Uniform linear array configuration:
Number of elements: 64
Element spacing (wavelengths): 0.75
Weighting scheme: kaiser
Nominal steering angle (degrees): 0
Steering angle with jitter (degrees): -1.223
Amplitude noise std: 0.05
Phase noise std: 0.05

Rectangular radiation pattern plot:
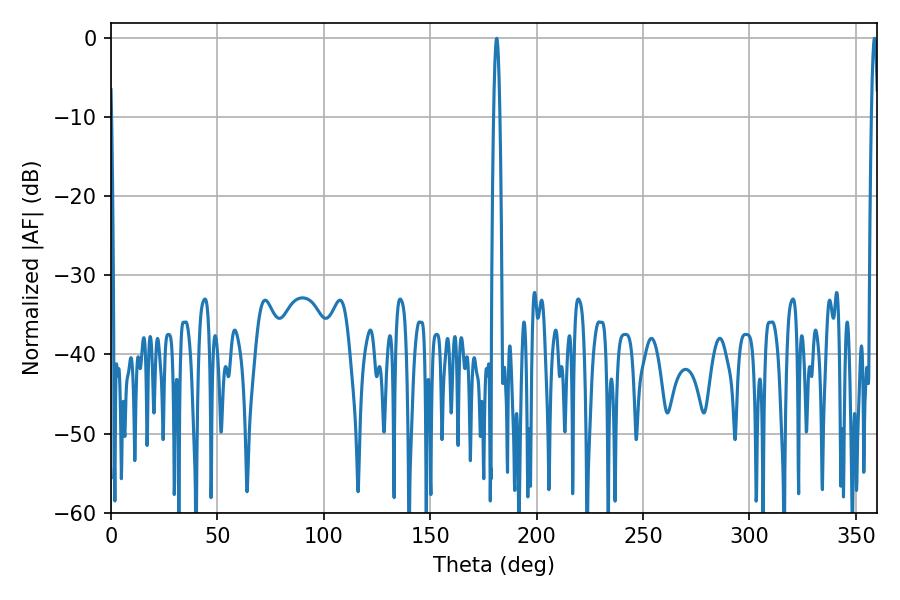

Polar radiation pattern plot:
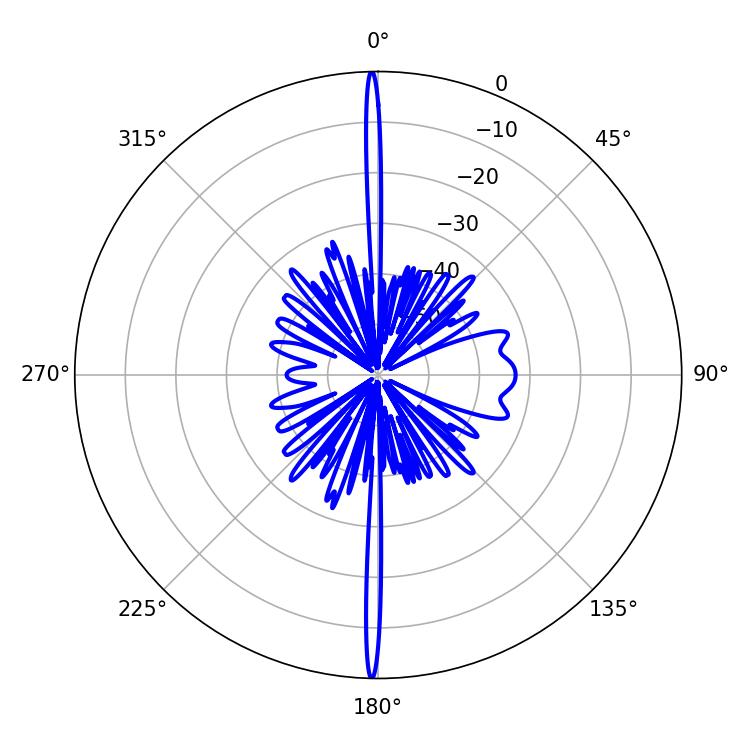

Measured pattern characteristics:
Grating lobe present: TRUE
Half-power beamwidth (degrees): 1.44
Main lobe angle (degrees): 358.74